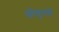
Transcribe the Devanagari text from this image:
ग्रौबुनदें